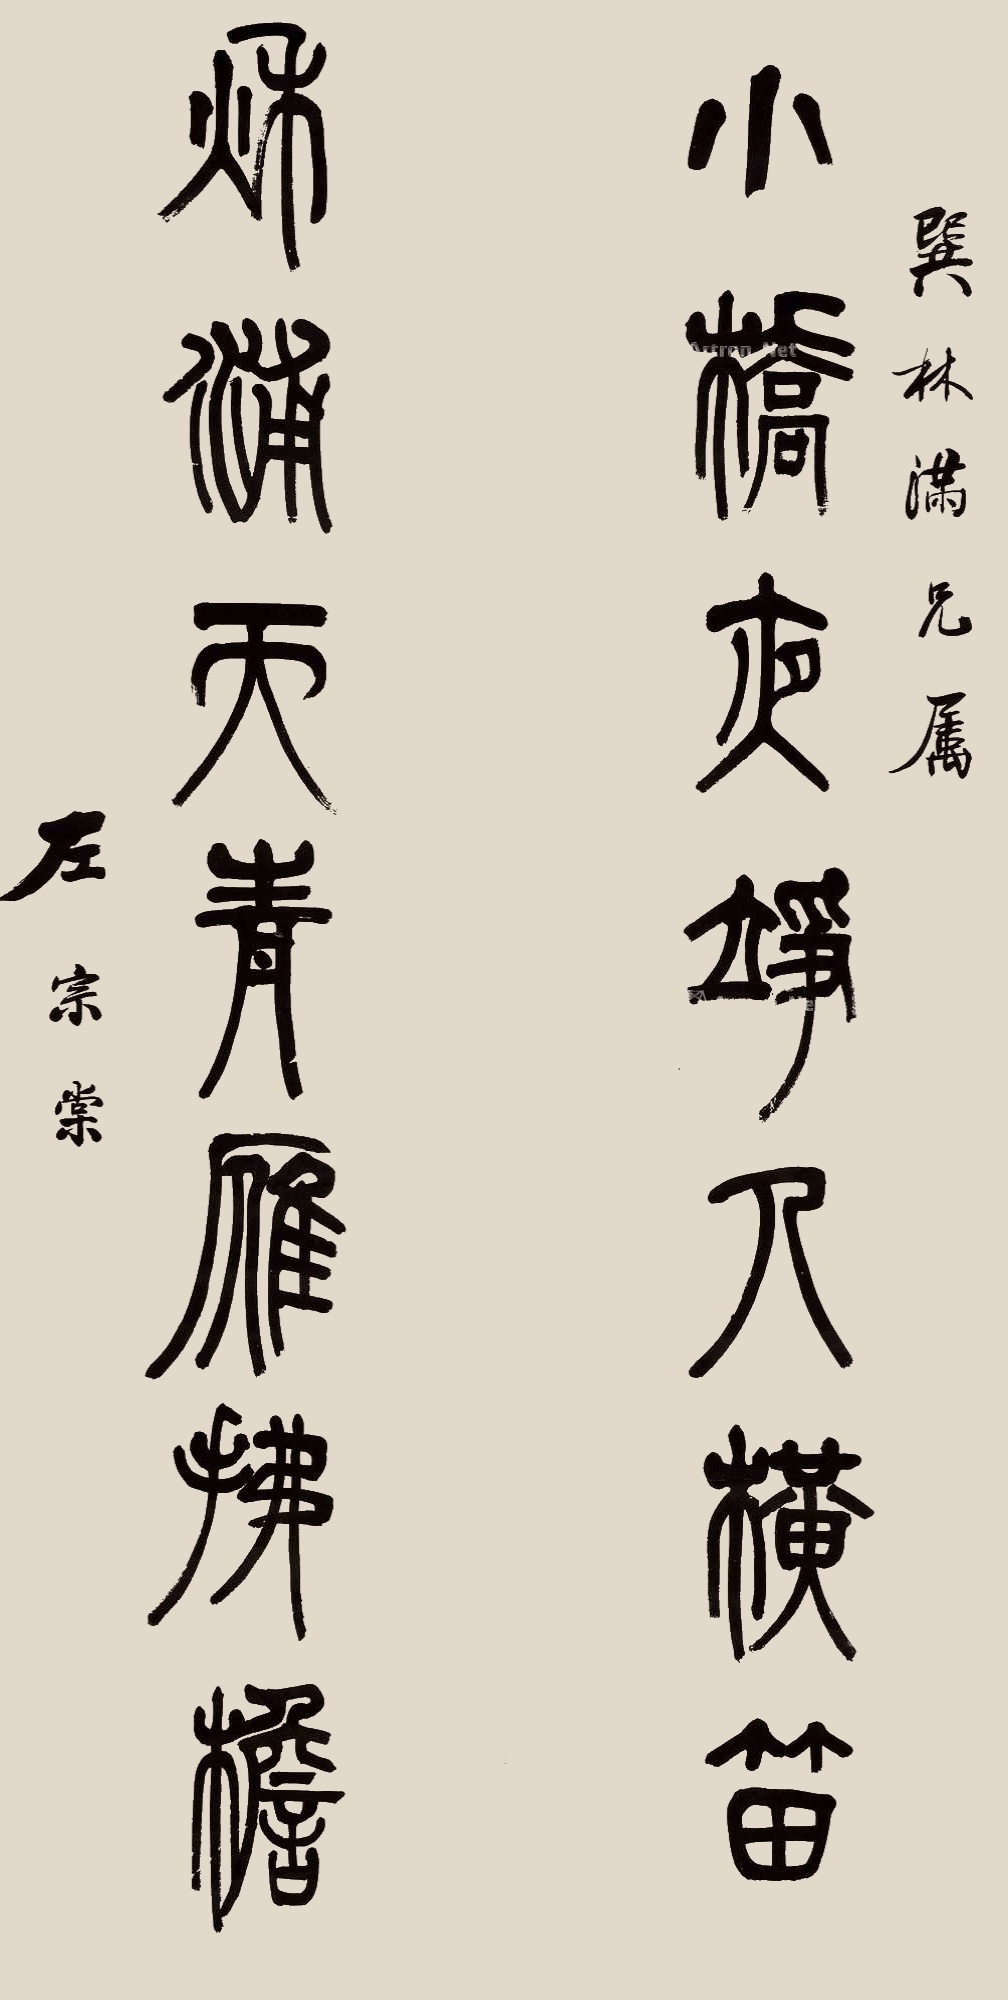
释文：小桥夜静人横笛，秋浦天青雁拂檐。巽林满兄属，左宗棠。